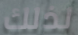
لذلك